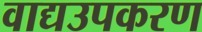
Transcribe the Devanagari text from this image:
वाद्यउपकरण